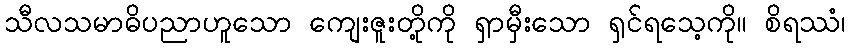
သီလသမာဓိပညာဟူသော ကျေးဇူးတို့ကို ရှာမှီးသော ရှင်ရသေ့ကို။ စိရဿံ၊